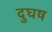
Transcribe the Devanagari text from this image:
दुघष